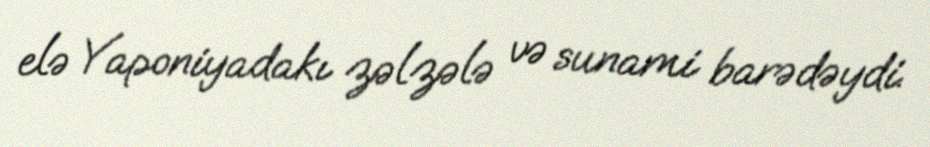
elə Yaponiyadakı zəlzələ və sunami barədəydi.